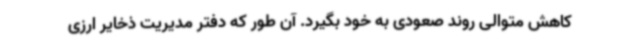
کاهش متوالی روند صعودی به خود بگیرد. آن طور که دفتر مدیریت ذخایر ارزی